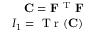
\begin{array} { r } { \mathbf { C } = \mathbf { F } ^ { \mathrm { ~ T ~ } } \mathbf { F } } \\ { I _ { 1 } = \mathrm { ~ T ~ r ~ } ( \mathbf { C } ) } \end{array}